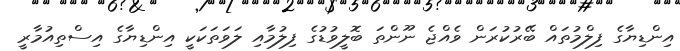
އިންޑިޔާގެ ފިލްމުތައް ބޭރުކުރަން ވެއްޖެ ނޫންތަ ބޮލީވުޑުގެ ފިލުމާއި ލަވަތަކަކީ އިންޑިޔާގެ އިސްތިއުމާރީ